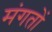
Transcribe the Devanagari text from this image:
मंगतों